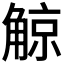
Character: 𧤀